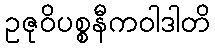
ဥဇုဝိပစ္စနီကဝါဒါတိ